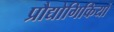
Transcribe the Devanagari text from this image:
प्रौद्योगिकियों